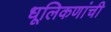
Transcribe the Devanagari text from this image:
धूलिकणांची